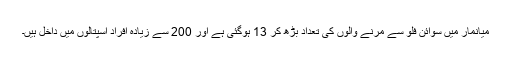
میانمار میں سوائن فلو سے مرنے والوں کی تعداد بڑھ کر 13 ہوگئی ہے اور 200 سے زیادہ افراد اسپتالوں میں داخل ہیں۔